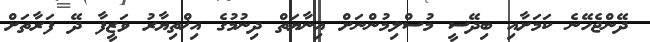
ދޭންޖެހޭނެ ކަމަށާއި ބިދޭސީ މުސްލިމުންނަށް އިނާޔަތް ދިނުމުގެ އިޚްތިޔާރު ވަޒީފާ ދޭ ފަރާތަށް